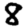
Digit: 8